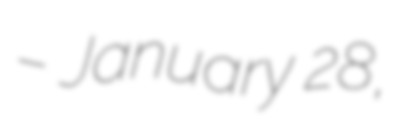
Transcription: – January 28,